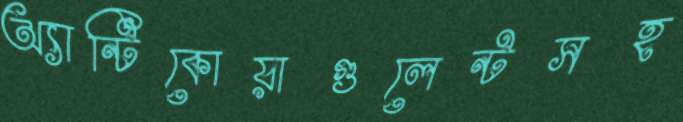
অ্যান্টিকোয়াগুলেন্টসহ